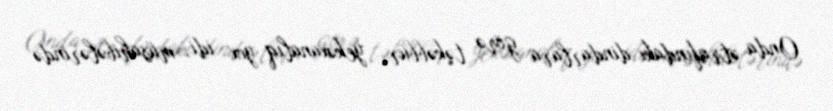
Onda ətrafındakı dindarlara görə təkəbbür, yekəxanalıq yox idi, müsahibələrində